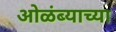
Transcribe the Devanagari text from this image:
ओळंब्याच्या